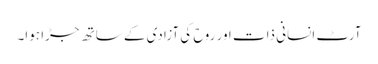
آرٹ انسانی ذات اور روح کی آزادی کے ساتھ جڑا ہوا۔